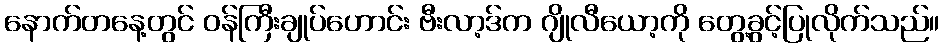
နောက်တနေ့တွင် ဝန်ကြီးချုပ်ဟောင်း ဗီးလာ့ဒ်က ဂျိုလီယော့ကို တွေ့ခွင့်ပြုလိုက်သည်။